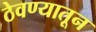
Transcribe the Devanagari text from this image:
ठेवण्यातून